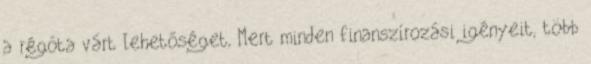
a régóta várt lehetőséget, Mert minden finanszírozási igényeit, több